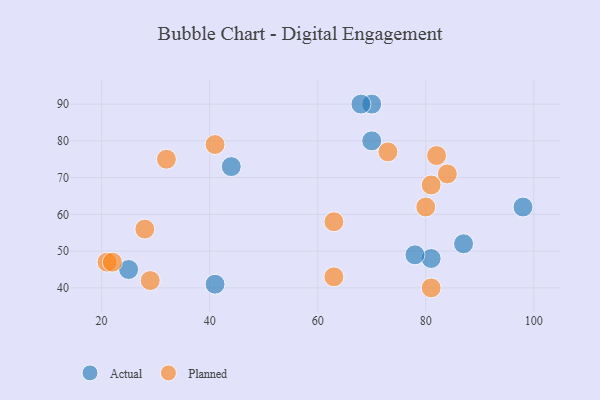
{"axis": {"x": "GDP", "y": "Life Expectancy"}, "legend": ["Actual", "Planned"], "data": [{"x": "25", "y": 45, "type": "Actual"}, {"x": "44", "y": 73, "type": "Actual"}, {"x": "70", "y": 90, "type": "Actual"}, {"x": "87", "y": 52, "type": "Actual"}, {"x": "98", "y": 62, "type": "Actual"}, {"x": "41", "y": 41, "type": "Actual"}, {"x": "81", "y": 48, "type": "Actual"}, {"x": "70", "y": 80, "type": "Actual"}, {"x": "78", "y": 49, "type": "Actual"}, {"x": "68", "y": 90, "type": "Actual"}, {"x": "63", "y": 58, "type": "Planned"}, {"x": "80", "y": 62, "type": "Planned"}, {"x": "81", "y": 40, "type": "Planned"}, {"x": "84", "y": 71, "type": "Planned"}, {"x": "32", "y": 75, "type": "Planned"}, {"x": "21", "y": 47, "type": "Planned"}, {"x": "29", "y": 42, "type": "Planned"}, {"x": "28", "y": 56, "type": "Planned"}, {"x": "82", "y": 76, "type": "Planned"}, {"x": "81", "y": 68, "type": "Planned"}, {"x": "22", "y": 47, "type": "Planned"}, {"x": "73", "y": 77, "type": "Planned"}, {"x": "41", "y": 79, "type": "Planned"}, {"x": "63", "y": 43, "type": "Planned"}]}